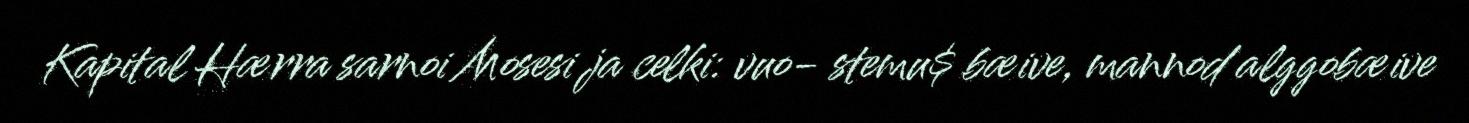
Kapital Hærra sarnoi Mosesi ja celki: vuo- stemu$ bæive, mannod alggobæive